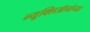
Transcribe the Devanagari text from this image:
न्यूक्लिऑनांच्या